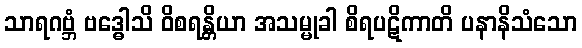
သာရဂဗ္ဘံ ဗဒ္ဓေါသိ ဝိစရန္တိယာ အသမ္မုခါ စိရပဋိကာတိ ပနာနိသံသော